Lunatic asylums Bombay report 1891-1903 - 1891-1903
Year: 1891
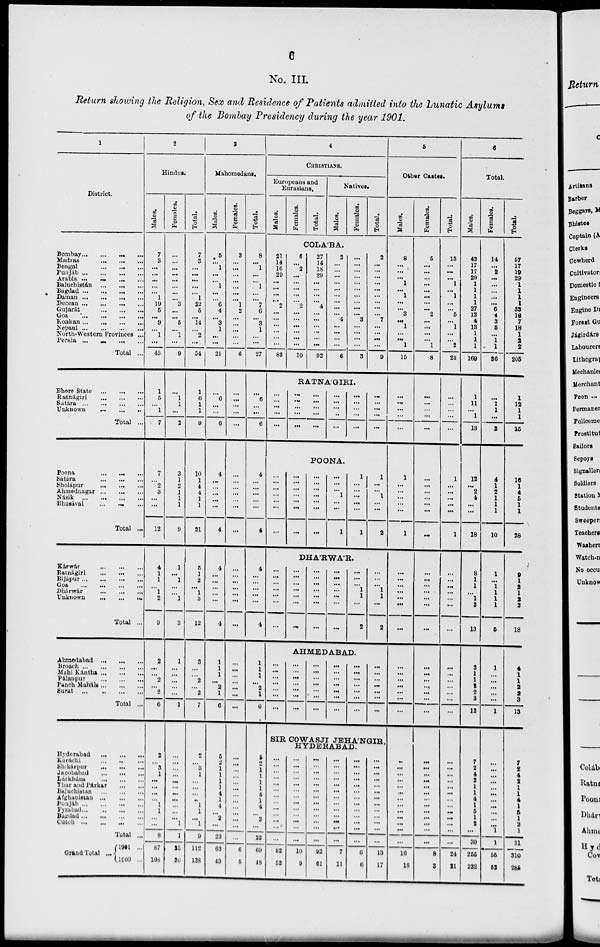
6
No. III.
Return showing the Religion, Sex and Residence of Patients admitted into the Lunatic Asylums
of the Bombay Presidency during the year 1901.
1
District.
Bombay
...
...
...
Madras
...
...
...
Bengal
...
...
...
Punjáb
...
...
...
Arabia
...
...
...
Baluchistán
...
...
...
Bagdad ... ... ...
Daman
...
...
...
Deccan ... ... ...
Gujarát
...
...
...
Goa
...
...
...
Konkan
...
...
...
Nepaul
...
...
...
North-Western Provinces ...
Persia
...
...
...
Total ..
Bhore State
...
...
...
Ratnágiri
...
...
...
Satára
...
...
...
Unknown ... ... ...
Total ...
Poona
...
...
...
Sátára
...
...
...
Sholápur
...
...
...
Ahmednagar ... ... ...
Násik
...
...
...
Bhusával ... ... ...
Total ...
Kárwár ... ... ...
Ratnágiri ... ... ...
Bijápur ... ... ...
Goa
...
...
...
Dhárwár ... ... ...
Unknown ... ... ...
Total...
Ahmedabad ... ... ...
Broach ... ... ...
Mahi Kántha ... ... ...
Pálanpur ... ... ...
Punch Maháls ... ... ...
Surat
...
...
...
Total...
Hyderabad ... ... ...
Karáchi ... ... ...
Shikárpur ... ... ...
Jacobabad ... ... ...
Lárkhána ... ... ...
Thar and Párkar ... ... ...
Baluchistan ... ... ...
Afghanistan ... ... ...
Punjáb ... ... ...
Fyzabad ... ... ...
Bagdad ... ... ...
Cutch
...
...
...
Total...
Grand Total ...
1901...
1900...
2
Hindu.
Males.
7
3
...
...
...
...
...
1
19
5
... 9
...
1
...
45
1
5
...
1
7
7
2
3
.. ...
12
4
1
1
1
2
9
2
...
2
...
2
6
2
...
3
1
...
...
...
...
1
1
...
...
8
87
108
Females.
...
...
...
...
...
...
...
... 3
...
... 5
...
1
...
9
...
1
1
...
2
3
1
2
1
1
1
9
1
...
1
...
...
1
3
1
...
...
...
...
...
1
...
...
...
...
...
...
...
...
...
...
...
...
1
35
30
Total.
7
3
...
...
...
...
...
1
22
5
... 14
...
2
...
54
1
6
1
1
9
10
1
4
4
1
1
21
5
1
2
...
1
3
12
3
...
...
2
...
2
7
2
...
3
1
...
...
...
...
1
1
...
...
9
112
138
3
Mahomedans.
Males.
5
... 1
...
... 1
...
... 6
4
... 3
1
...
...
21
Females.
3
...
...
...
...
...
...
... 1
2
...
...
...
...
...
6
...
6
...
...
6
4
...
...
...
...
...
4
4
...
...
...
...
4
1
1
1
3
2
2
6
5
2
1
1
1
1
4
1
4
...
2
1
22
63
43
...
...
...
...
...
...
...
...
...
...
...
...
...
...
...
...
...
...
...
...
...
...
...
...
...
...
...
...
...
...
...
...
...
...
...
...
...
...
...
6
5
Total.
8
... 1
...
... 1
...
...
7
6
... 3
1
...
...
27
...
6
...
...
6
4
...
...
...
...
...
4
4
...
...
..
...
...
4
1
1
1
3
2
1
6
5
2
1
1
1
1
4
1
4
...
2
1
22
69
48
4
CHRISTIANS.
Europeans and
Eurasians.
Males.
Females.
Total.
Natives.
Males.
Females..
Total.
COLA'BA.
21
14
16
29
...
...
...
... 2
...
...
...
...
...
...
82
6
...
2
...
...
...
...
... 2
...
...
...
...
...
...
10
27
14
18
29
...
...
...
... 4
...
...
...
...
...
...
92
2
...
...
...
...
...
...
...
...
...
4
...
...
...
...
6
...
...
...
...
...
...
...
...
...
...
3
...
...
...
...
3
2
...
...
...
...
...
...
...
...
...
7
...
...
...
...
9
RATNA'GIRI.
...
...
...
...
...
...
...
...
...
...
...
...
...
...
...
...
...
...
...
...
...
...
...
...
...
...
...
...
...
...
POONA.
...
...
...
...
...
...
...
...
...
...
...
...
...
...
...
...
...
...
...
...
...
...
...
... 1
...
...
1
1
...
...
...
...
...
1
1
...
... 1
...
...
2
DHA'RWA'R.
...
...
...
...
...
...
...
...
...
..
..
..
...
...
...
...
...
...
...
...
...
...
...
...
1
1
...
2
...
...
...
1
1
...
2
...
...
...
...
...
5
Other Castes.
Males.
8
...
...
...
1
...
1
...
...
3
... 1
...
...
1
15
...
...
...
...
...
1
...
...
...
... ...
1
...
...
...
...
...
...
...
AHMEDABAD.
...
...
...
...
...
...
...
...
...
...
...
...
...
...
...
...
...
...
...
...
...
...
...
...
...
...
...
...
...
...
...
...
...
...
....
...
...
...
..
...
...
...
...
...
...
...
...
...
...
SIR COWASJI JEHA'NGIR,
HYDERABAD.
...
...
...
...
...
...
...
...
...
...
...
...
22
82
52
...
...
...
...
...
...
...
...
...
...
...
...
...
10
9
...
...
...
...
...
...
...
...
...
...
...
...
...
92
61
...
...
...
...
...
...
...
...
...
...
...
...
..
7
11
...
...
...
...
...
...
...
...
...
...
...
...
...
6
6
...
...
...
...
...
...
...
...
...
...
...
...
...
13
17
...
...
...
...
...
...
...
...
...
...
...
...
...
16
18
Females.
5
...
...
...
...
...
...
... ...
2
...
...
...
...
1
8
...
...
...
...
...
...
...
...
...
...
...
...
...
...
...
...
...
...
...
...
...
...
...
...
...
...
...
...
...
...
...
...
...
...
...
...
...
...
...
8
3
Total.
13
...
...
1
...
1
...
...
5
...
1
...
...
2
23
...
...
...
...
1
...
...
...
...
...
1
...
...
...
...
...
...
...
...
...
...
...
...
...
...
...
...
...
...
...
...
...
...
...
...
...
...
...
24
21
6
Total.
Males.
43
17
17
29
1
1
1
1
27
12
4
13
1
1
1
169
1
11
...
1
13
12
...
2
4
...
...
18
8
1
1
...
1
2
13
3
1
1
2
2
3
12
7
2
4
2
1
1
4
1
5
1
2
...
...
255
232
Females.
14
...
2
...
...
...
...
... 6
4
3
5
...
1
1
36
...
1
1
...
2
4
1
2
1
1
1
10
1
...
1
1
1
1
5
1
...
...
...
...
...
1
...
...
...
...
...
...
...
...
...
...
...
1
30
55
53
Total.
57
17
19
29
1
1
1
1
33
16
7
18
1
2 2
205
1
12
1
1
15
16
1
4
5
1
1
28
9
1
2
1
2
3
18
4
1
1
2
2
3
13
7
2
4
2
1
1
4
1
5
1
2
1
1
31
310
285